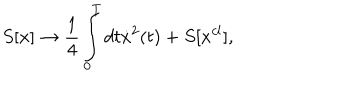
S [ x ] \to \frac { 1 } { 4 } \int _ { 0 } ^ { T } { d t \dot { x } ^ { 2 } } ( t ) + S [ x ^ { c l } ] ,